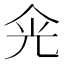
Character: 𠈑